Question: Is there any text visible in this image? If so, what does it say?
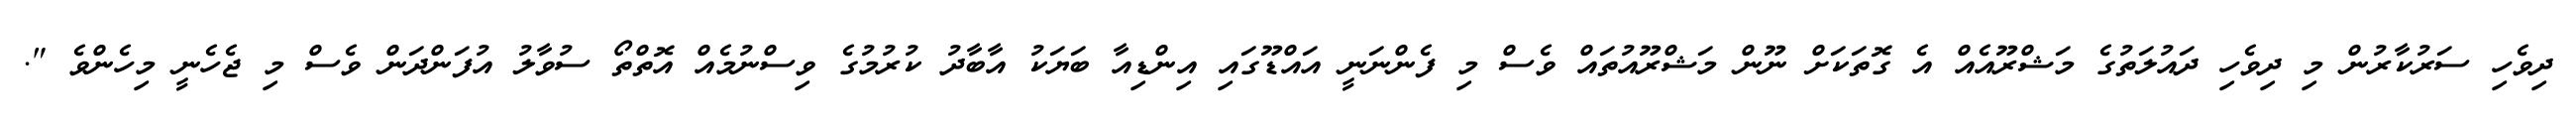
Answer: ދިވެހި ސަރުކާރުން މި ދިވެހި ދައުލަތުގެ މަޝްރޫއެއް އެ ގޮތަކަށް ނޫން މަޝްރޫއުތައް ވެސް މި ފެންނަނީ އައްޑޫގައި އިންޑިއާ ބަޔަކު އާބާދު ކުރުމުގެ ވިސްނުމެއް އޮތްތޯ ސުވާލު އުފަންދަން ވެސް މި ޖެހެނީ މިހެންވެ ".